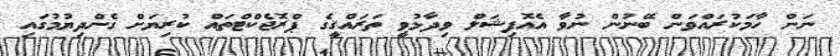
ނަން ހާމަކުރައްވަން ބޭނުން ނުވާ އެއޮފިޝަލް ވިދާޅުވީ ތަރައްޤީގެ ޕްރޮޖެކްޓްތައް ކުރިޔަށް ގެންދިޔުމުގައި